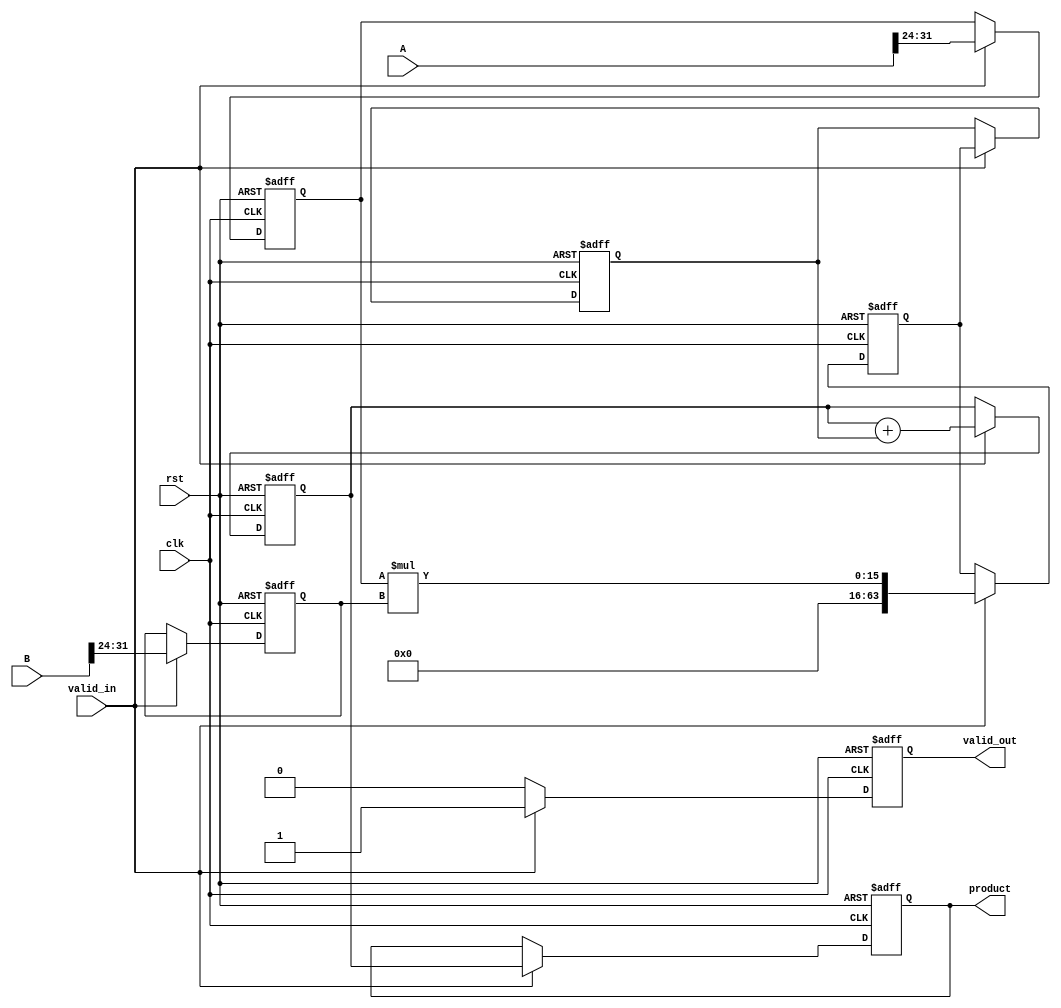
module pipelined_sliced_multiplier (
    input clk,
    input rst,
    input valid_in,
    input [31:0] A, // 32-bit operand A
    input [31:0] B, // 32-bit operand B
    output reg valid_out,
    output reg [63:0] product // 64-bit product
);

    // Parameters
    parameter SLICE_WIDTH = 8; // Width of each slice
    parameter NUM_SLICES = 4;   // Number of slices

    // Intermediate signals
    reg [SLICE_WIDTH-1:0] A_slices[NUM_SLICES-1:0];
    reg [SLICE_WIDTH-1:0] B_slices[NUM_SLICES-1:0];
    reg [63:0] partial_products[NUM_SLICES-1:0];
    reg [63:0] accumulators[NUM_SLICES-1:0];
    reg [63:0] final_accumulator;

    // Pipeline registers
    reg [63:0] pp_stage[NUM_SLICES-1:0]; // Partial product stage registers
    reg [63:0] acc_stage[NUM_SLICES-1:0]; // Accumulator stage registers

    // Initializations
    integer i;

    always @(posedge clk or posedge rst) begin
        if (rst) begin
            // Reset all registers
            valid_out <= 0;
            product <= 64'b0;
            for (i = 0; i < NUM_SLICES; i = i + 1) begin
                A_slices[i] <= 0;
                B_slices[i] <= 0;
                partial_products[i] <= 0;
                accumulators[i] <= 0;
                pp_stage[i] <= 0;
                acc_stage[i] <= 0;
            end
            final_accumulator <= 0;
        end else if (valid_in) begin
            // Slice inputs
            for (i = 0; i < NUM_SLICES; i = i + 1) begin
                A_slices[i] <= A[(i+1)*SLICE_WIDTH-1 -: SLICE_WIDTH];
                B_slices[i] <= B[(i+1)*SLICE_WIDTH-1 -: SLICE_WIDTH];
            end

            // Partial product generation
            for (i = 0; i < NUM_SLICES; i = i + 1) begin
                partial_products[i] <= A_slices[i] * B_slices[i];
                pp_stage[i] <= partial_products[i];
            end

            // Accumulation of partial products
            final_accumulator <= 0;
            for (i = 0; i < NUM_SLICES; i = i + 1) begin
                final_accumulator <= final_accumulator + pp_stage[i];
                acc_stage[i] <= final_accumulator;
            end

            // Final output
            product <= final_accumulator;
            valid_out <= 1; // Signal that the output is valid
        end else begin
            valid_out <= 0; // No valid output when input is not valid
        end
    end
endmodule